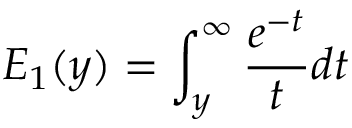
E _ { 1 } ( y ) = \int _ { y } ^ { \infty } \frac { e ^ { - t } } { t } d t